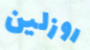
روزلين